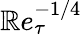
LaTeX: \mathbb{R}e_{\tau}^{-1/4}